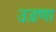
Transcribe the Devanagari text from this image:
उड़णा